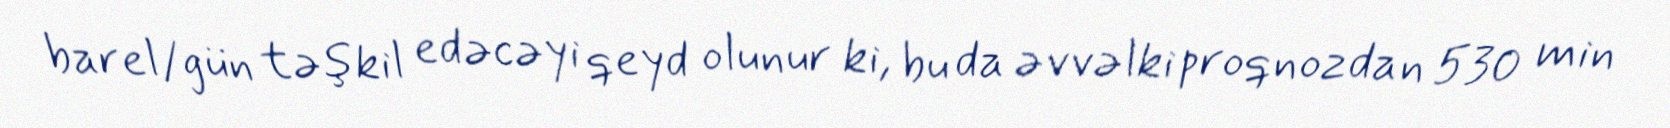
barel/gün təşkil edəcəyi qeyd olunur ki, bu da əvvəlki proqnozdan 530 min